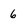
Character: 6